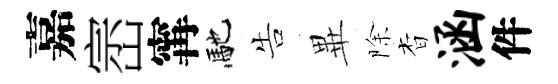
嘉崈𡩋馳告𭺾除杳涵件